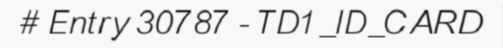
# Entry 30787 - TD1_ID_CARD